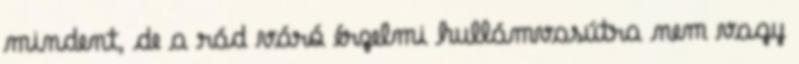
mindent, de a rád váró érzelmi hullámvasútra nem vagy